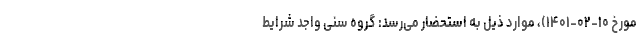
مورخ ۱۰-۰۲-۱۴۰۱)، موارد ذیل به استحضار می‌رسد: گروه سنی واجد شرایط